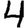
Digit: 4